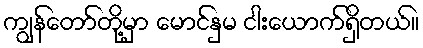
ကျွန်တော်တို့မှာ မောင်နှမ ငါးယောက်ရှိတယ်။